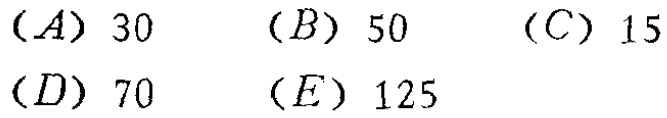
（A）30 （B）50 （C）15 （D）70 （E）125